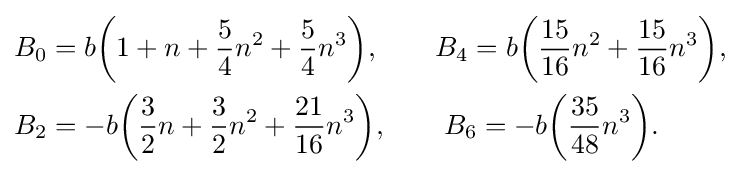
{\begin{aligned}B_{0}&=b{\bigg (}1+n+{\frac {5}{4}}n^{2}+{\frac {5}{4}}n^{3}{\bigg )},\qquad B_{4}=b{\bigg (}{\frac {15}{16}}n^{2}+{\frac {15}{16}}n^{3}{\bigg )},\\B_{2}&=-b{\bigg (}{\frac {3}{2}}n+{\frac {3}{2}}n^{2}+{\frac {21}{16}}n^{3}{\bigg )},\qquad B_{6}=-b{\bigg (}{\frac {35}{48}}n^{3}{\bigg )}.\end{aligned}}